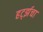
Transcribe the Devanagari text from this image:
हर्ट्झचा